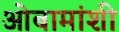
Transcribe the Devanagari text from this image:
ओबामांशी